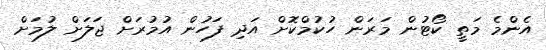
އެންމެ މަތީ ކޯޓުން މަރަން ހުކުމްކޮށް އަދި ފަހުން އުމުރަށް ޖަލަށް ލުމަށް